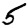
Digit: 5